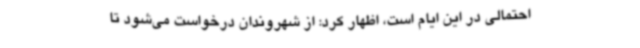
احتمالی در این ایام است، اظهار کرد: از شهروندان درخواست می‌شود تا